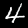
Label: 4